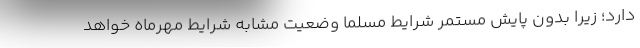
دارد؛ زیرا بدون پایش مستمر شرایط مسلما وضعیت مشابه شرایط مهرماه خواهد